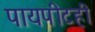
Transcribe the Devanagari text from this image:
पायपीटही